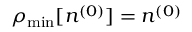
\rho _ { \mathrm { m i n } } [ n ^ { ( 0 ) } ] = n ^ { ( 0 ) }